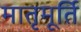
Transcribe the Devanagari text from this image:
मातृमूर्ति